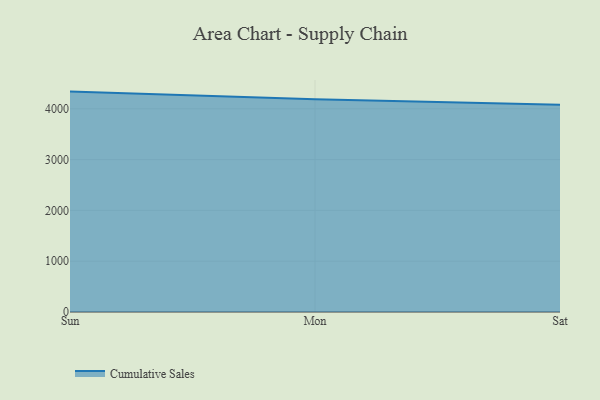
{"axis": {"x": "Day", "y": "Active Users"}, "legend": ["Cumulative Sales"], "data": [{"x": "Sun", "y": 4338.4, "type": "Cumulative Sales"}, {"x": "Mon", "y": 4188.3, "type": "Cumulative Sales"}, {"x": "Sat", "y": 4077.5, "type": "Cumulative Sales"}]}